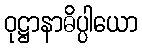
ဝုဋ္ဌာနာဓိပ္ပါယော